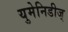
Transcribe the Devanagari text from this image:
युमेनिडीज्‌